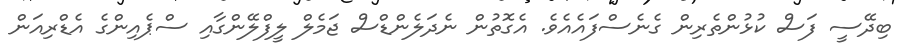
ބިދޭސީ ފަސް ކުޅުންތެރިން ގެނެސްފައެއެވެ. އެގޮތުން ނެދަލެންޑްސް ޖަމެލް ލީފްލޭންގާއި ސްޕެއިންގެ އެޑްރިއަން